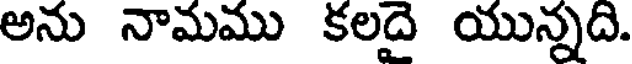
అను నామము కలదై యున్నది.